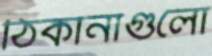
ঠিকানাগুলো